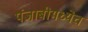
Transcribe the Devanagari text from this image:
पंजाबीमध्येच